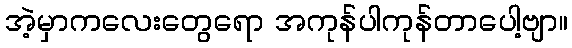
အဲ့မှာကလေးတွေရော အကုန်ပါကုန်တာပေါ့ဗျာ။